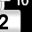
Digit: 2